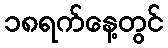
၁၈ရက်နေ့တွင်